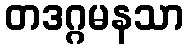
တဒဂ္ဂမနသာ